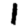
Digit: 1